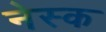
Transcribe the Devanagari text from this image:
नेस्क